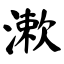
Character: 漱